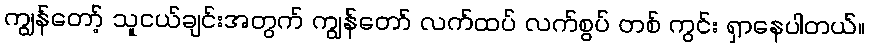
ကျွန်တော့် သူငယ်ချင်းအတွက် ကျွန်တော် လက်ထပ် လက်စွပ် တစ် ကွင်း ရှာနေပါတယ်။